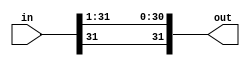
module sra1(out,in);
	input[31:0] in;
	output[31:0] out;
	
	genvar c;
	
	generate
		for (c = 1; c <= 31; c = c + 1) begin: loop1
			assign out[c-1] = in[c];
		end
	endgenerate
	
	genvar d;
	
	
	assign out[31] = in[31];
		

endmodule